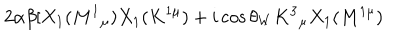
2 \alpha \beta \lbrack X _ { 1 } ( M ^ { 1 } { } _ { \mu } ) X _ { 1 } ( K ^ { 1 \mu } ) + i \cos \theta _ { W } K ^ { 3 } { } _ { \mu } X _ { 1 } ( M ^ { 1 \mu } )